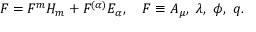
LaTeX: F = F ^ { m } H _ { m } + F ^ { ( \alpha ) } E _ { \alpha } , \quad F \equiv A _ { \mu } , ~ \lambda , ~ \phi , ~ q .